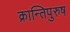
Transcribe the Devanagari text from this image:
क्रान्तिपुरुष